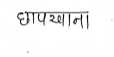
मजकूर: छापखाना